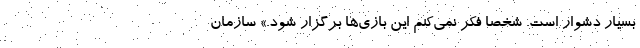
بسیار دشوار است. شخصاً فکر نمی‌کنم این بازی‌ها برگزار شود.» سازمان